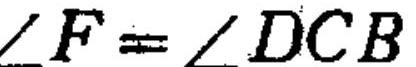
\(\angle F=\angle DCB\)